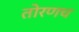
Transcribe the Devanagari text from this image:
तोरणच